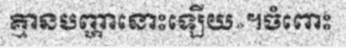
គ្មានបញ្ហានោះឡើយ»។ចំពោះ